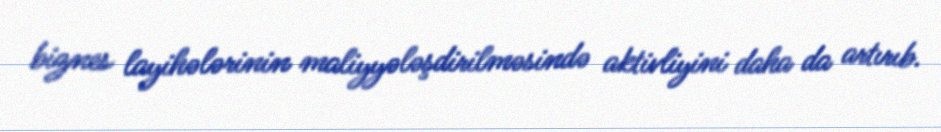
biznes layihələrinin maliyyələşdirilməsində aktivliyini daha da artırıb.